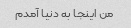
من اینجا به دنیا آمدم